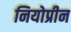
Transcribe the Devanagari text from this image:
नियोप्रीन